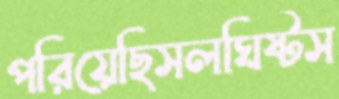
পরিয়েছিসলঘিষ্টস